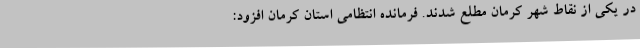
در یکی از نقاط شهر کرمان مطلع شدند. فرمانده انتظامی استان کرمان افزود: